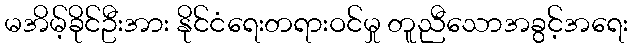
မအိမ့်ခိုင်ဦးအား နိုင်ငံရေးတရားဝင်မှု တူညီသောအခွင့်အရေး